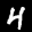
Label: 4